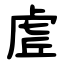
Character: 虗